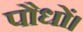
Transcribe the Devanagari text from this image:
पौधों।